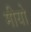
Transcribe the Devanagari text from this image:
मीयो